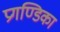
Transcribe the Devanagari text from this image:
प्रगण्डिका